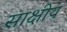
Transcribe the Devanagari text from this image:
साक्षीय